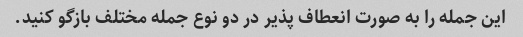
این جمله را به صورت انعطاف پذیر در دو نوع جمله مختلف بازگو کنید.